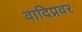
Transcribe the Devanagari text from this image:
वादिप्रवर